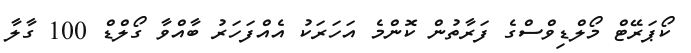
ކޯޕަރޭޓް މޯލްޑިވްސްގެ ފަރާތުން ކޮންމެ އަހަރަކު އެއްފަހަރު ބާއްވާ ގޯލްޑް 100 ގާލާ